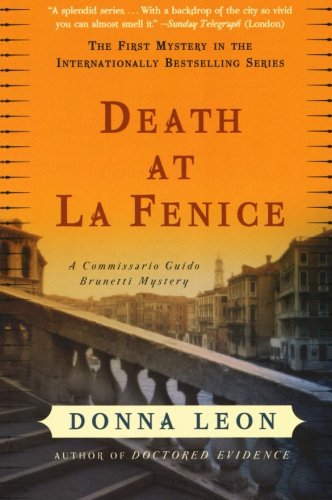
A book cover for Death at La Fenice: A Commissario Guido Brunetti Mystery; Donna Leon; Mystery, Thriller & Suspense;